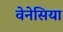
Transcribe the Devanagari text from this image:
वेनेसिया